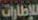
للإطارات